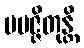
ပမဇ္ဇိတုန္တိ